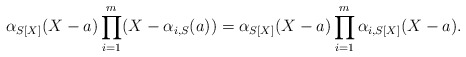
\begin{align*}\alpha_{S[X]} (X- a)\prod_{i=1}^{m} (X - \alpha_{i,S}(a))= \alpha_{S[X]} (X - a)\prod_{i=1}^m \alpha_{i,S[X]}(X - a).\end{align*}